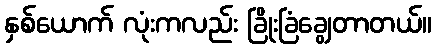
နှစ်ယောက် လုံးကလည်း ခြိုးခြံချွေတာတယ်။